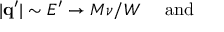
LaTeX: | { \mathbf { q ^ { \prime } } } | \sim E ^ { \prime } \rightarrow M \nu / W ~ ~ ~ ~ { \mathrm { a n d } } ~ ~ ~